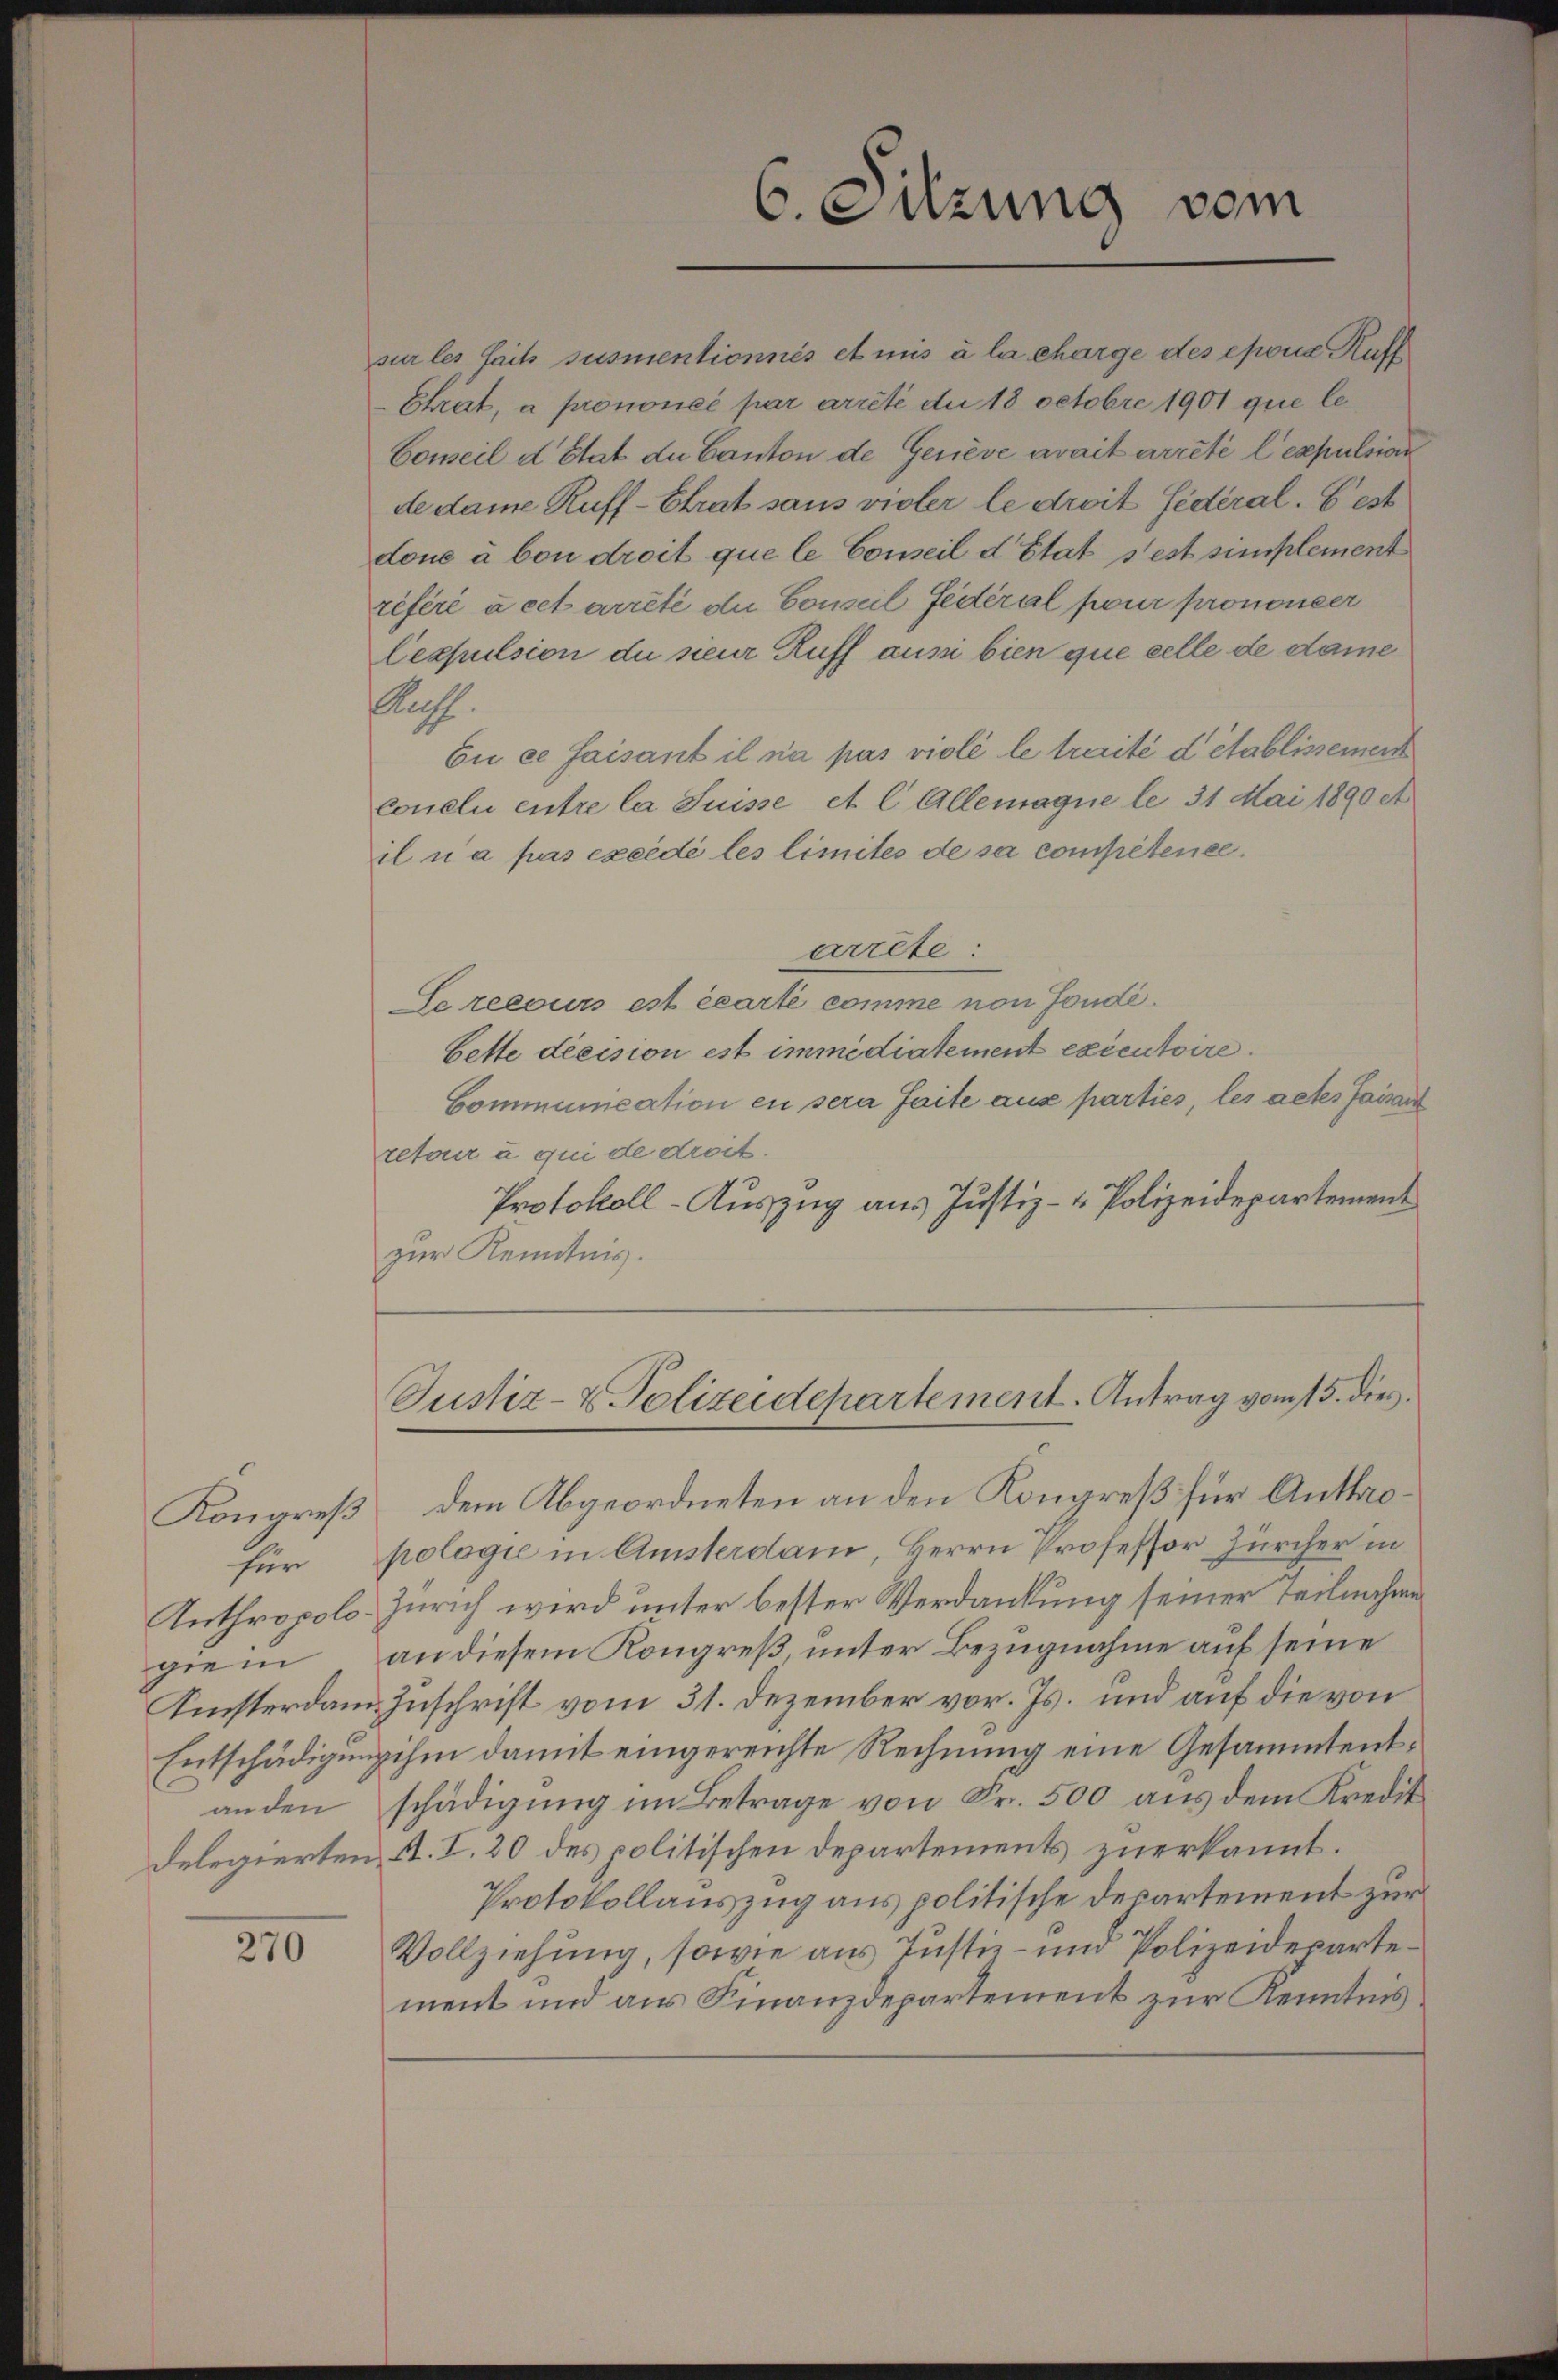
Kongreß
für
Anthropologien
Kisterdam
Entschädigung
an den
delegierten

270

sur les faits susmentionnés et mis à la charge des epona Katt
Etrat, a prononcé par arité du 18 Octobre 1901 que le¬
Conseil d’Etat du Canton de Gerieve avait arrete lexpulsiar
de damne Ruff-Etrat sans vieler le droit fédéral. best
done à bon droit que le Conseil d’Etat s’est simplement
référé à cet arreté die Conseil fédéral pour prononcer

6. Sitzung vom

lespulsion du seur Ruff aus bien que celle de dame
Aufs
bii ce faisant il na pas violé le traité d’établissement
Coneli entre la Suisse et l. Allemagne le 31 Mai 1890 et
il u a pas excédé les limités de sa competeneearrete:
Se recours est écarte comme von Fonde¬
Bette decision est immédiatement exécutoire.
Communication en sera faite aus parties, les actes faisan
retour u qui de droit.
Protokoll-Auszug aus Justiz- & Polizeidepartement
zur Kenntnis.
Justiz- & Polizeidepartement. Antrag vom 15. dies
dem Abgeordneten an den Kongreß für Anthropologie in Amsterdam, Herrn Professor Zürcher in
Zürich wird unter bester Verdankung seiner Teilnahme
an diesem Kongreß, unter Bezugnahme auf seine
Zuschrift vom 31. Dezember vor. Js. und auf die von
ihm damit eingereichte Rechnung eine Gesammtentschädigung im Betrage von Fr. 500 aus dem Kredit
A. I. 20 des politischen Departements zuerkannt.
Protokollauszug aus politische Departement zur
Vollziehung, sowie aus Justiz- und Polizeidepartement und aus Finanzdepartement zur Kenntnis